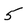
Character: 5